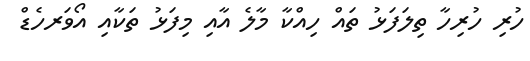
ހުރި ހުރިހާ ތިލަފަޅު ތައް ހިއްކާ މާލެ އާއި މިފަޅު ތަކާއި އޯވަރހެޑް